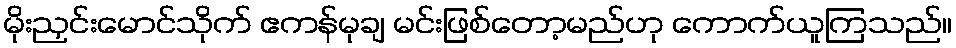
မိုးညှင်းမောင်သိုက် ဧကန်မုချ မင်းဖြစ်တော့မည်ဟု ကောက်ယူကြသည်။